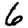
Digit: 6